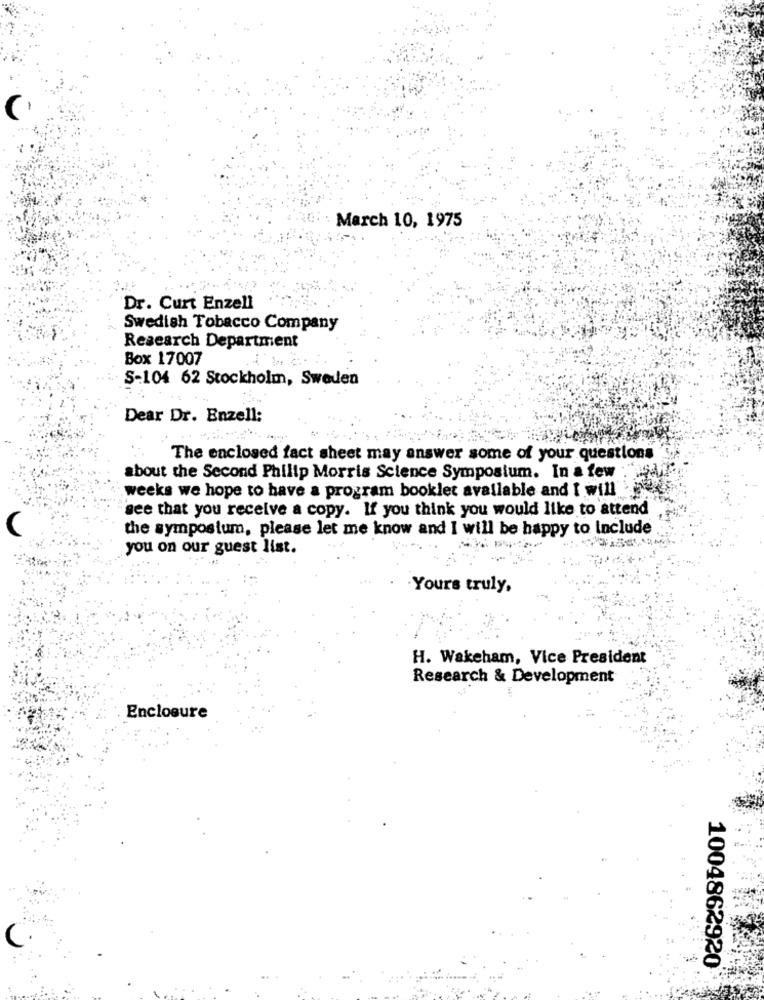
March 10, 1975
Dr. Curt Enzell
Swedish Tobacco Company
Research Department
Box 17007
S-104 62 Stockholm, Sweden
Dear Dr. Enzell:
The enclosed fact sheet may answer some of your questions
about the Second Philip Morris Science Symposium. In a few
weeks we hope to have a program booklet available and I will
see that you receive a copy. If you think you would like to attend
C
the symposium, please let me know and I will be happy to include
you on our guest list.
Yours truly,
H. Wakeham, Vice President
Research & Development
Enclosure
C
1004862920